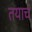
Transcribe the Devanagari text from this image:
तयाचं